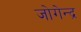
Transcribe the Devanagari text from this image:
जोगेन्द्र